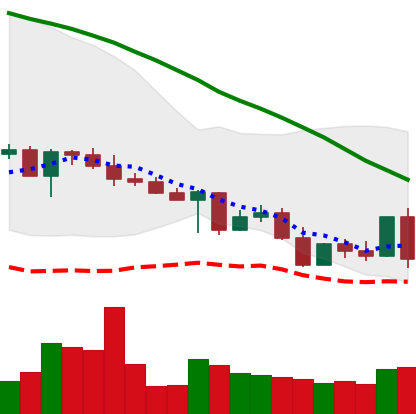
Ticker: XLM-USD
Chart end date: 2022-05-05
Forward return: -13.347%
Label: down_7plus